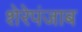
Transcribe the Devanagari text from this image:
शेरेपंजाब